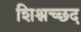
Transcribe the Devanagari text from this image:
शिश्नच्छद